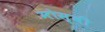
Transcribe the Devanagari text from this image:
मोस्बी